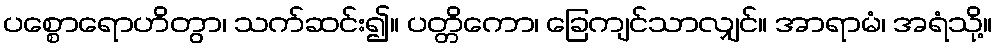
ပစ္စောရောဟိတွာ၊ သက်ဆင်း၍။ ပတ္တိကော၊ ခြေကျင်သာလျှင်။ အာရာမံ၊ အရံသို့။